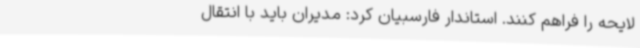
لایحه را فراهم کنند. استاندار فارسبیان کرد: مدیران باید با انتقال